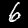
Digit: 6